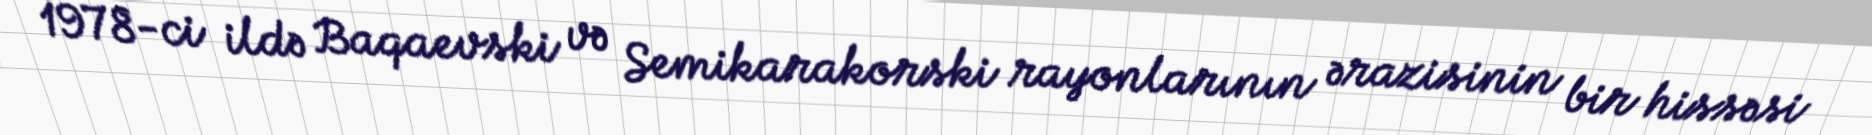
1978-ci ildə Baqaevski və Semikarakorski rayonlarının ərazisinin bir hissəsi